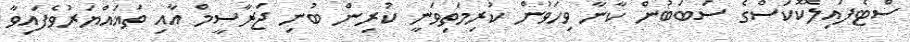
ސްޓެފައިލޮކޮކަސްގެ ސަބަބުން ކާނާ ވިހަވުން ކުރިމަތިވަނީ ކުރިން ބުނި ޖަރާސީމް އާއި ތަޣައްޔަރުވެފައިވާ